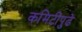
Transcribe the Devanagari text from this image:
कमिटीपुढे